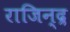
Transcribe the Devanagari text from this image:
राजिन्द्र